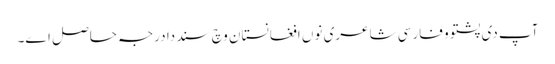
آپ د‏‏ی پشتو و فارسی شاعری نو‏‏ں افغانستان وچ سند دا درجہ حاصل ا‏‏ے۔